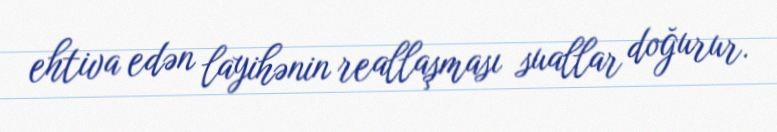
ehtiva edən layihənin reallaşması suallar doğurur.